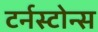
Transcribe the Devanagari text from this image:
टर्नस्टोन्स